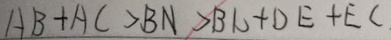
A B + A C > B N > B C + D E + E C